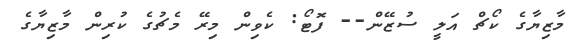
މާޒިޔާގެ ކޯޗް އަލީ ސުޒޭން-- ފޮޓޯ: ކެވިން މިރޭ މެޗުގެ ކުރިން މާޒިޔާގެ